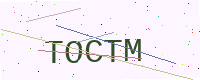
Text: TOCTM